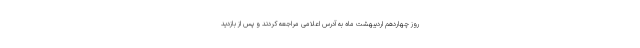
روز چهاردهم اردیبهشت ماه به آدرس اعلامی مراجعه کردند و پس از بازدید